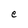
Character: e